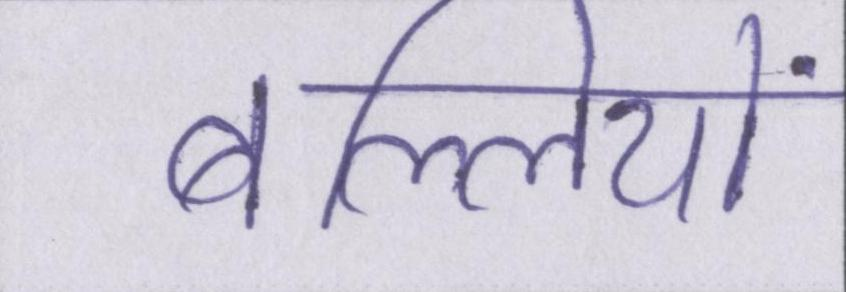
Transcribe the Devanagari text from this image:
बल्लियों